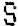
S